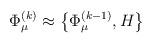
LaTeX: \begin{align*}\Phi^{(k)}_{\mu} \approx \left\{ \Phi^{(k-1)}_{\mu}, H \right\}\end{align*}